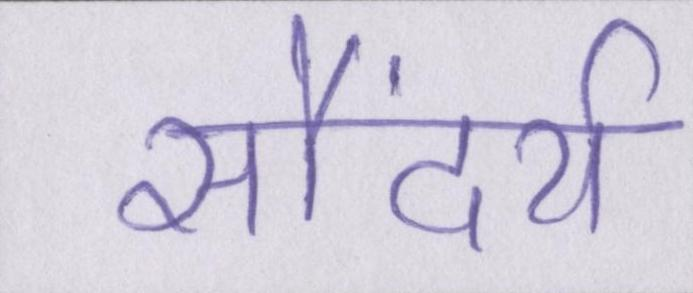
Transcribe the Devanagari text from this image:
सौंदर्य